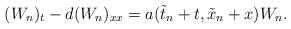
LaTeX: \begin{align*}(W_n)_t-d(W_n)_{xx}=a(\tilde t_n+t, \tilde x_n+x) W_n.\end{align*}